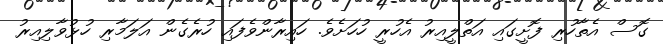
ގޮސް އެތާހުރި ފޮށީގައި އަތްލީއިރު އެހުރީ ހުހަށެވެ. ހައިރާންވެފައި ހުރެގެން އަލަމާރި ހުޅުވާލިއިރު